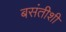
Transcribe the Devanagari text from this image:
बसंतीशी